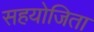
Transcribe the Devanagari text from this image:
सहयोजिता